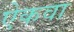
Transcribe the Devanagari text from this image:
ऐकवा